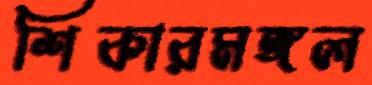
শিকারমঙ্গল